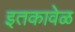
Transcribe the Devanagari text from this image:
इतकावेळ